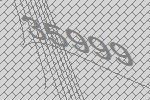
35999